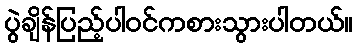
ပွဲချိန်ပြည့်ပါဝင်ကစားသွားပါတယ်။